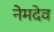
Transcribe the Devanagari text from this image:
नेमदेव